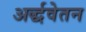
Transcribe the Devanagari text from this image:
अर्द्धवेतन